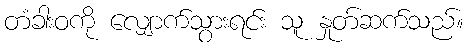
တံခါးဝကို လျှောက်သွားရင်း သူ နှုတ်ဆက်သည်။